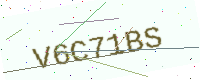
Text: V6C71BS